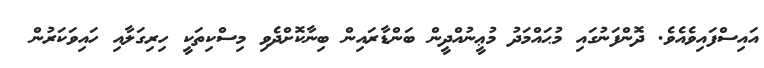
އައިސްފައިވެއެވެ. ދޮންފަނުގައި މުޙައްމަދު މުޢީނުއްދީން ބަންޑާރައިން ބިނާކޮށްދެވި މިސްކިތަކީ ހިރިގަލާއި ހައިވަކަރުން